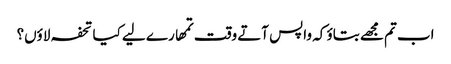
اب تم مجھے بتاؤ کہ واپس آتے وقت تمھارے لیے کیا تحفہ لاؤں؟